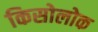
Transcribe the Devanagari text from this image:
किसोलोक